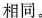
相同。